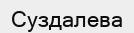
Суздалева